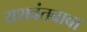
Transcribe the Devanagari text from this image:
यशवंतबाबा